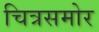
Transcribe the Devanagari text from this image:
चित्रसमोर